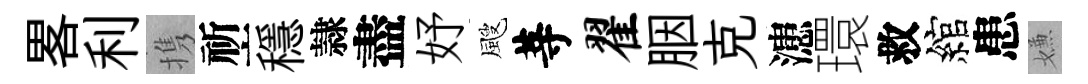
畧利携祈穩隷盡妤颼䓁翟胭克漶環救綰患嫌